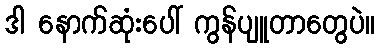
ဒါ နောက်ဆုံးပေါ် ကွန်ပျူတာတွေပဲ။